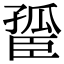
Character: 𦣮